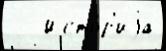
   Исто́р'иjа